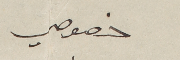
خصوصي